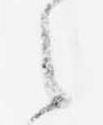
之